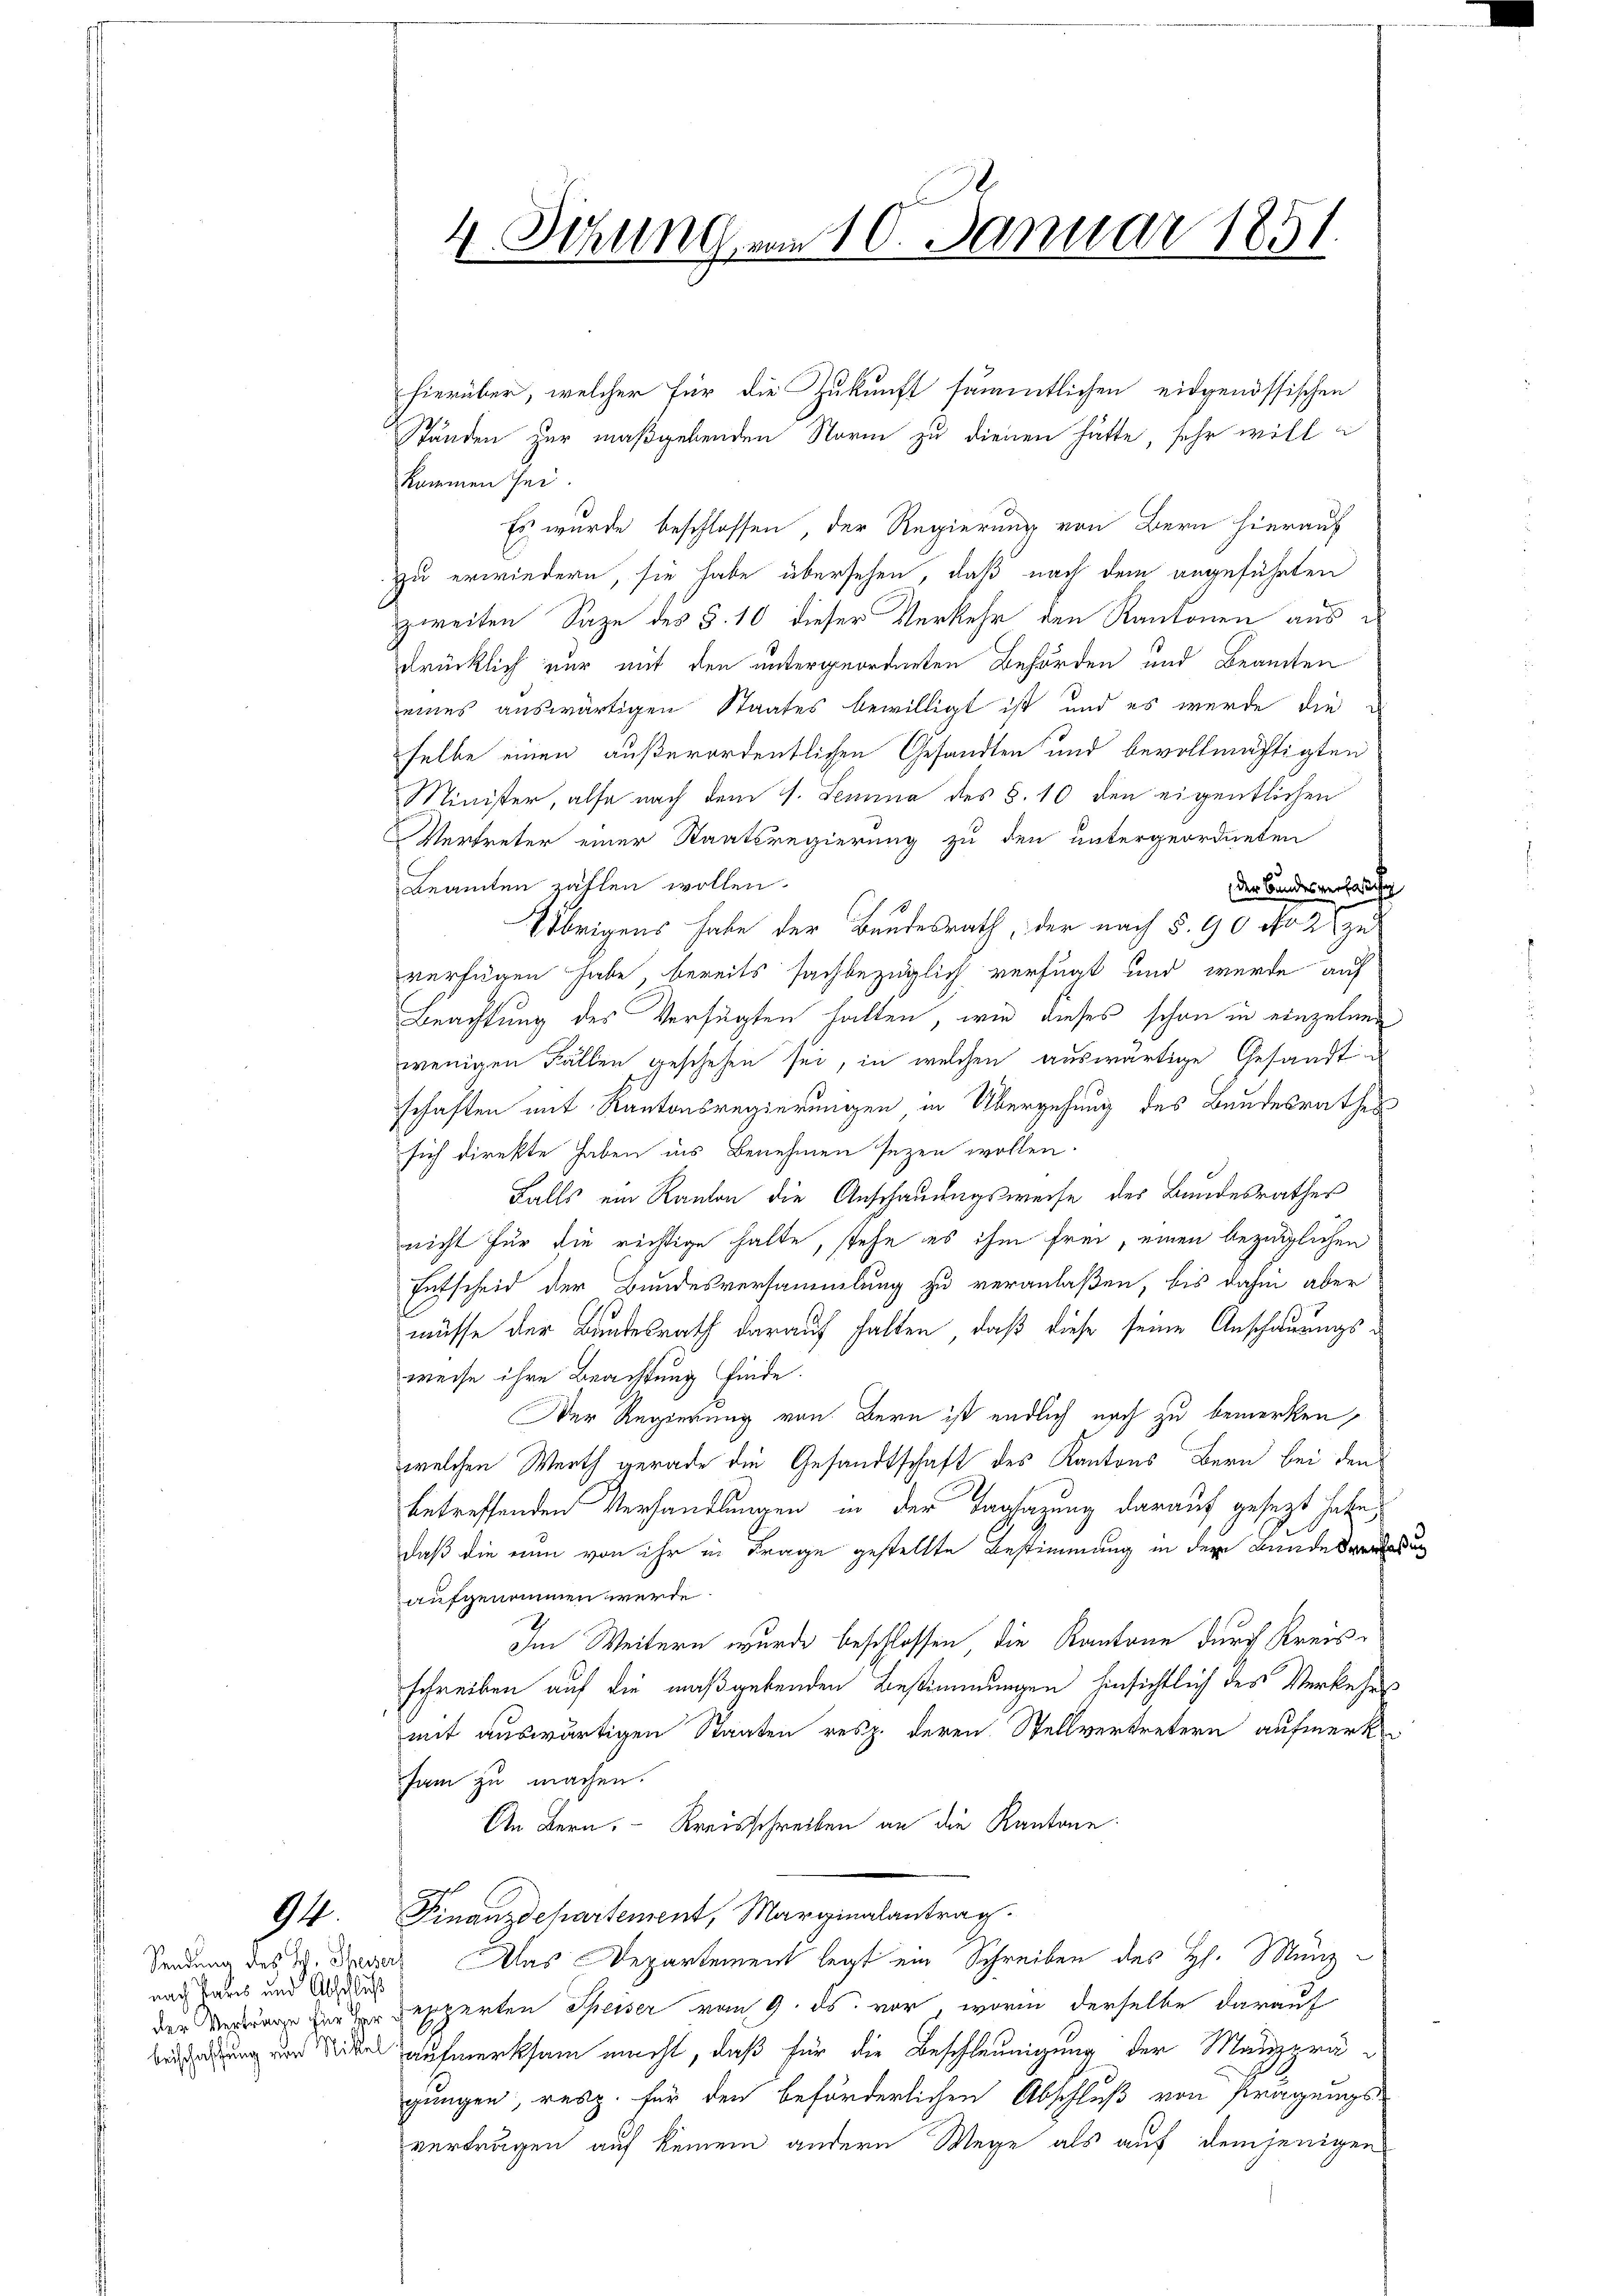
94.

Ständen zur maßgebenden Norm zu dienen hätte, sehr will i
kommen sei.
Es wurde beschlossen, der Regierung von Bern hierauf
zu erwiedern, sie habe übersehen, daß nach dem angeführten
zweiten Sage des §. 10 dieser Verkehr den Kantonen aus
drücklich nur mit den untergeordneten Behörden und Beamten
eines auswärtigen Staates bewilligt ist, und es wurde die
selbe einen außerordentlichen Gesandten und bevollmächtigten
Minister, also nach dem V. Semina des §. 10 den eigentlichen
Vertreter einer Staatsregierung zu den untergeordneten
Beamten zählen wollen.
der Bundesverläßig
Übrigens habe der Bundesrath, der nach §. 90 No 2 zu
verfügen habe bereits sachbezüglich verfügt und wurde auf
Beachtung des Verfügten halten, wie dieses schon in einzelnen
wenigen Fällen geschehen sei, in welchen auswärtige Gesandt u
schaften mit Kantonsregierungen in Übergehung des Bundesrathes
sich direkte haben ins Benehmen sezen wollen.
Falls ein Kanton die Anschauungsweise des Bundesrathes
nicht für die richtige halte, stehe es ihm frei, einen bezüglichen
Entscheid der Bundesversammlung zu veranlaßen, bis dahin aber
müsse der Bundesrath darauf halten, daß diese seine Anschauungsweise ihre Beachtung finde.
Der Regierung von Bern ist endlich nach zu bemerken,
welchen Werth gerade die Gesandtschaft des Kantons Bern bei den
betreffenden Verhandlungen in der Tagsazung darauf gesezt habe,
daß die nun von ihr in Frage gestellte Bestimmung in dem Bunde dadu
aufgenommen werde.
Im Weitern wurde beschlossen, die Kantone durch Kreisschreiben auf die maßgebenden Bestimmungen hinsichtlich des Verkehrs
mit auswärtigen Staaten resp. deren Stellvertretern aufmerk
sam zu machen.
An Bern. Kreisschreiben an die Kantone
Finanzdepartement, Marginalantrag.
Sendung des 19. Franz Das Departement legt ein Schreiben des H. Münz
der Verung der der Bepperten Speiser vom 9. ds. vor, worin derselbe darauf
  die aufmerksam macht, daß für die Beschleunigung der Manzprägungen, resp. für den beförderlichen Abschluß von Prägungs-
verträgen auf keinem andern Wege als auf demjenigen

nach Paris und Abschluß

e
F
I. Sehrung vom 10. Januar 1851.

hierüber, welcher für die Zukunft sämmtlichen eidgenössischen